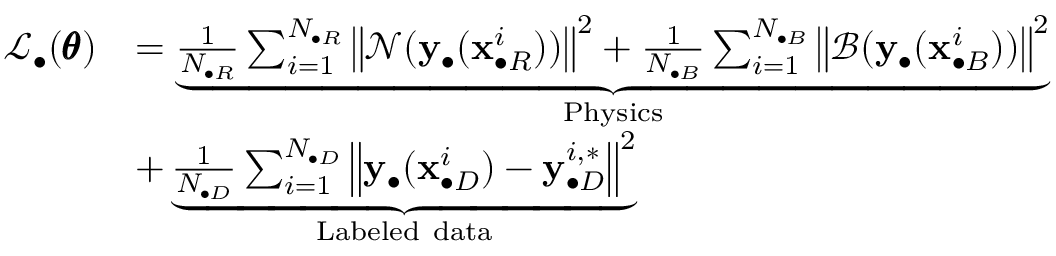
\begin{array} { r l } { \mathcal { L } _ { \bullet } ( \pmb { \theta } ) } & { = \underbrace { \frac { 1 } { N _ { \bullet R } } \sum _ { i = 1 } ^ { N _ { \bullet R } } { \left\| \mathcal { N } ( \mathbf { y } _ { \bullet } ( \mathbf { x } _ { \bullet R } ^ { i } ) ) \right\| ^ { 2 } } + \frac { 1 } { N _ { \bullet B } } \sum _ { i = 1 } ^ { N _ { \bullet B } } { \left\| \mathcal { B } ( \mathbf { y } _ { \bullet } ( \mathbf { x } _ { \bullet B } ^ { i } ) ) \right\| ^ { 2 } } } _ { \mathrm { P h y s i c s } } } \\ & { + \underbrace { \frac { 1 } { N _ { \bullet D } } \sum _ { i = 1 } ^ { N _ { \bullet D } } { \left\| \mathbf { y } _ { \bullet } ( \mathbf { x } _ { \bullet D } ^ { i } ) - \mathbf { y } _ { \bullet D } ^ { i , * } \right\| ^ { 2 } } } _ { \mathrm { L a b e l e d ~ d a t a } } } \end{array}